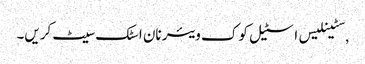
,سٹینلیس اسٹیل کوک ویئر نان اسٹک سیٹ کریں۔